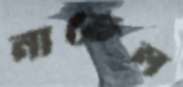
নাতেল